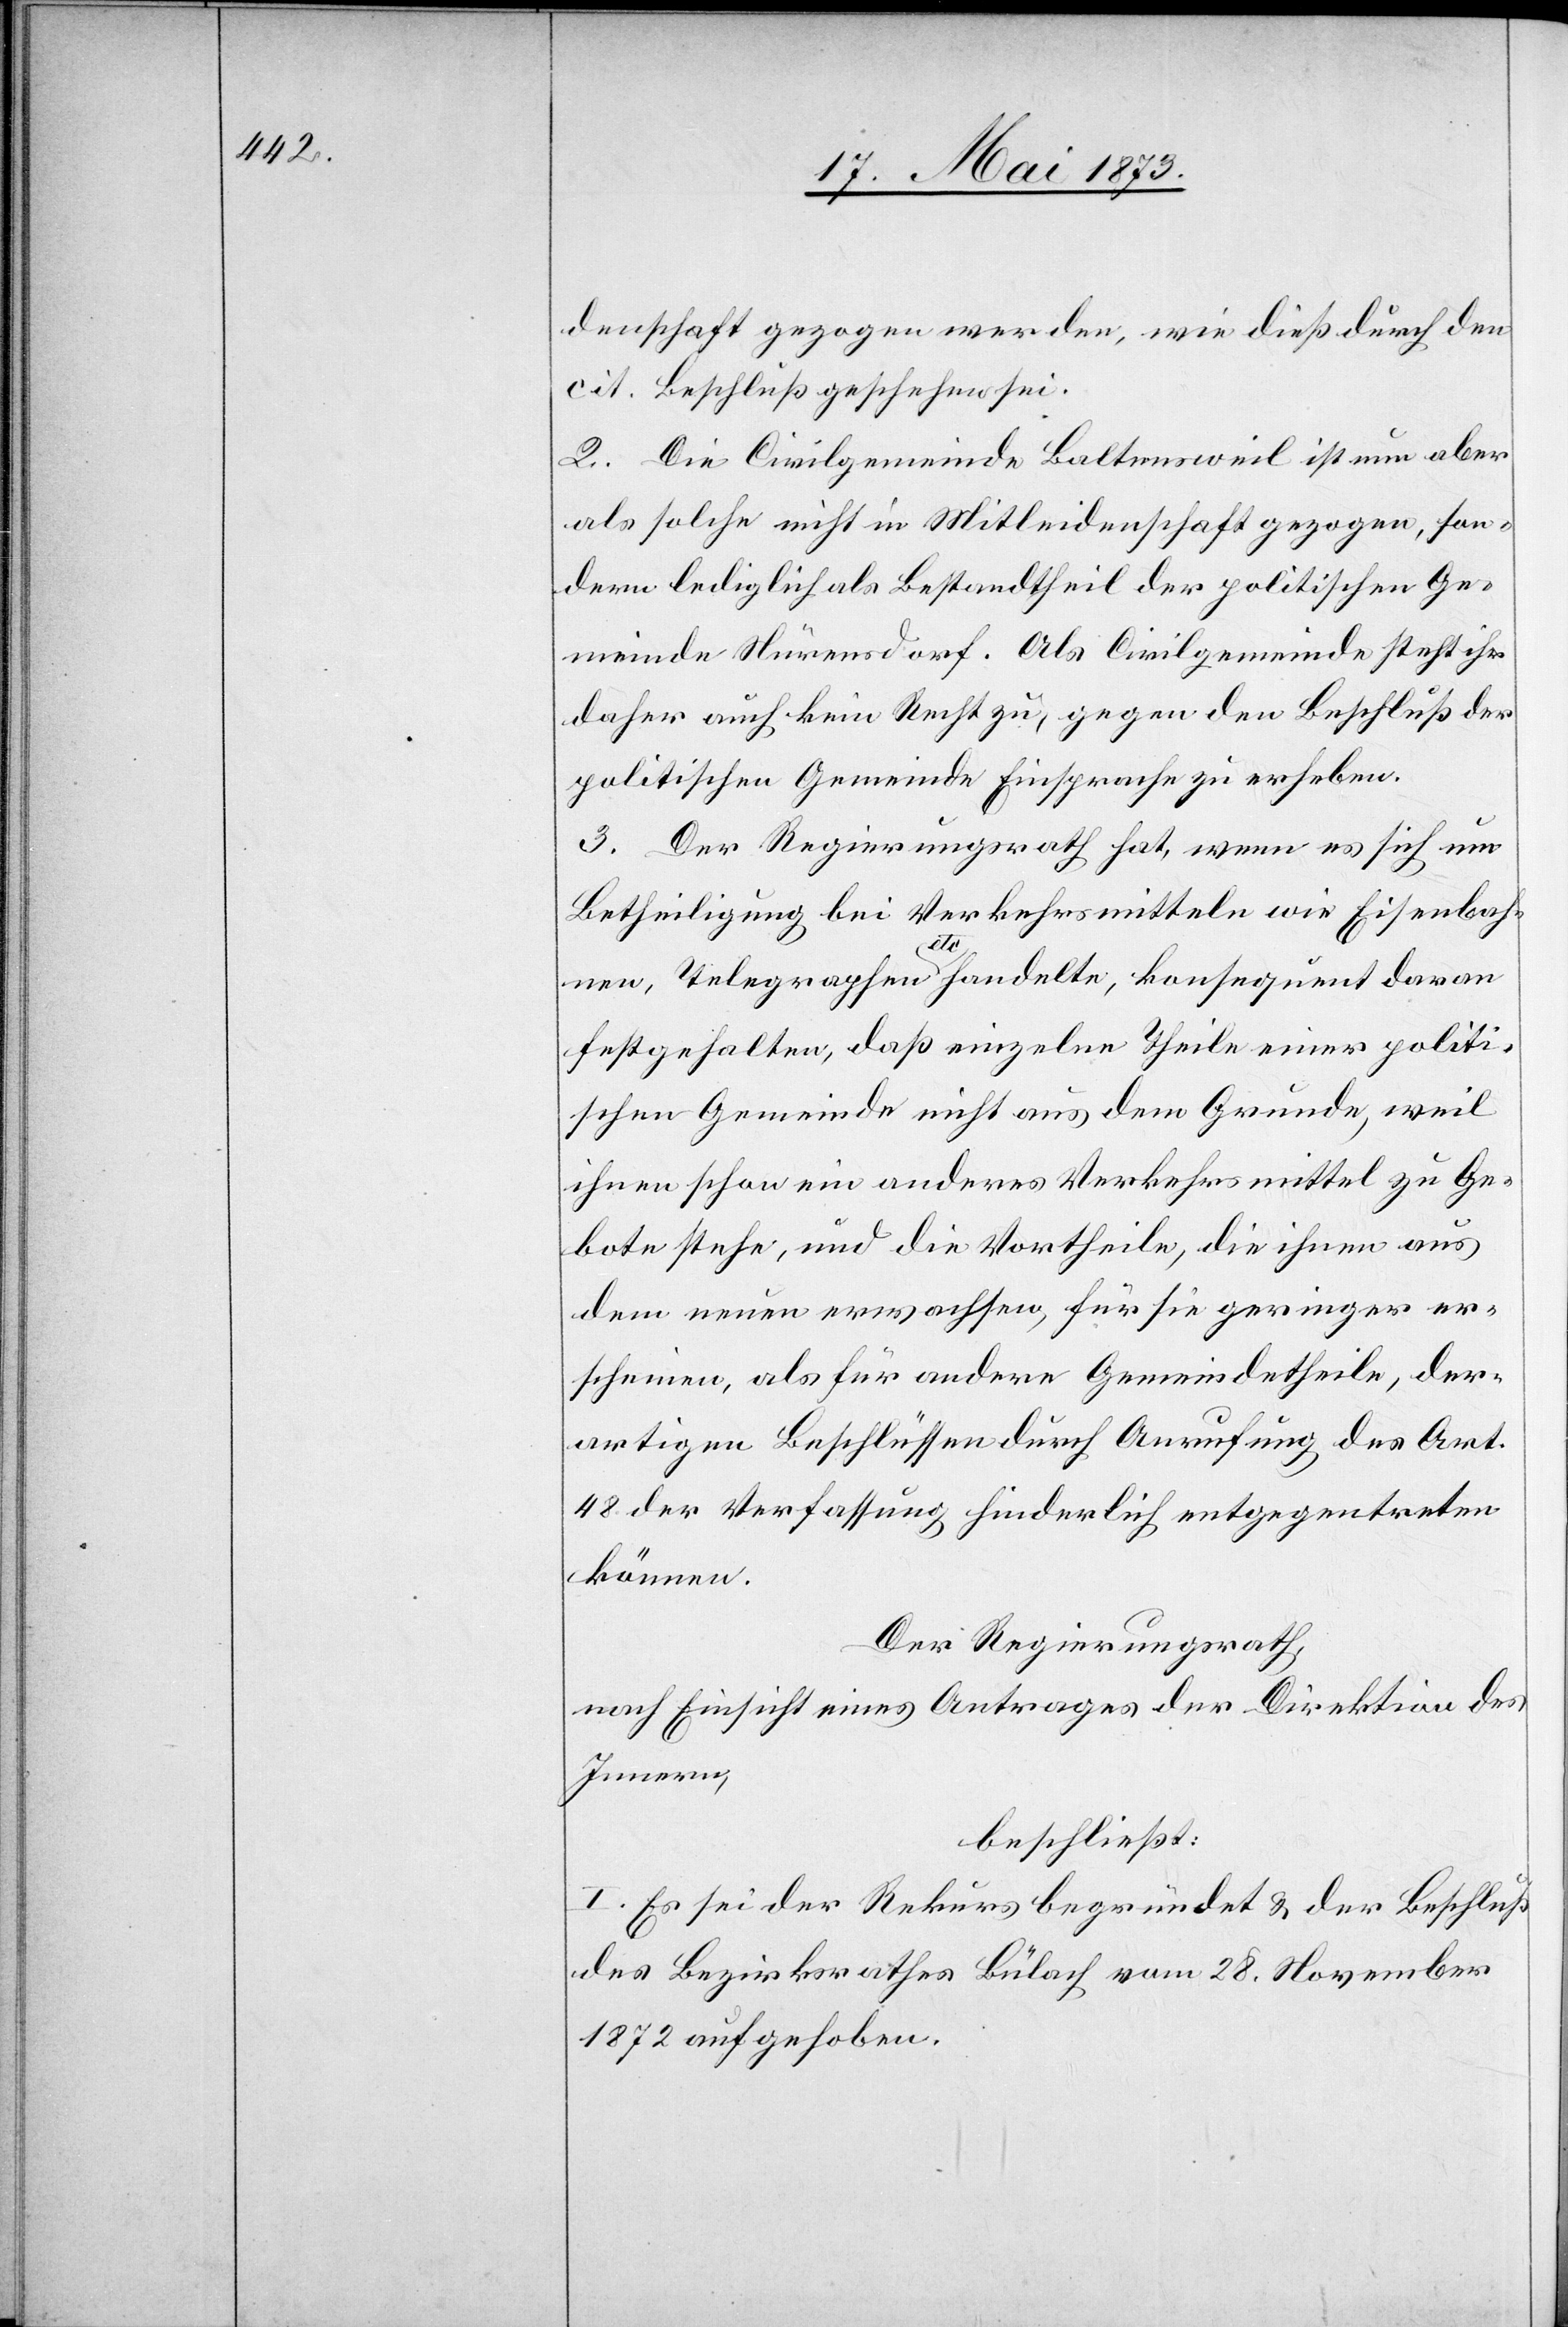
denschaft gezogen werden, wie dieß durch den
cit. Beschluß geschehen sei.
2. Die Civilgemeinde Baltensweil ist nun aber
als solche nicht in Mitleidenschaft gezogen, son¬
dern lediglich als Bestandtheil der politischen Ge¬
meinde Nürensdorf. Als Civilgemeinde steht ihr
daher auch kein Recht zu, gegen den Beschluß der
politischen Gemeinde Einsprache zu erheben.
3. Der Regierungsrath hat, wenn es sich um
Betheiligung bei Verkehrsmitteln wie Eisenbah¬
nen, Telegraphen etc handelte, konsequent daran
festgehalten, daß einzelne Theile einer politi¬
schen Gemeinde nicht aus dem Grunde, weil
ihnen schon ein anderes Verkehrsmittel zu Ge¬
bote stehe, und die Vortheile, die ihnen aus
dem neuen erwachsen, für sie geringer er¬
scheinen, als für andere Gemeindetheile, der¬
artigen Beschlüssen durch Anrufung des Art.
48 der Verfassung hinderlich entgegentreten
können.
Der Regierungsrath,
nach Einsicht eines Antrages der Direktion des
Innern,
beschließt:
I. Es sei der Rekurs begründet & der Beschluß
des Bezirksrathes Bülach vom 28. November
1872 aufgehoben.